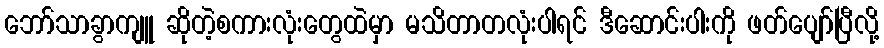
ဘော်သာခွာကျူ ဆိုတဲ့စကားလုံးတွေထဲမှာ မသိတာတလုံးပါရင် ဒီဆောင်းပါးကို ဖတ်ပျော်ပြီလို့